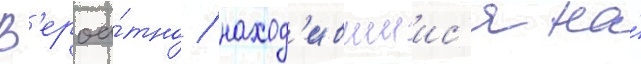
В'ероа́тно / наход'ившиис'я на́